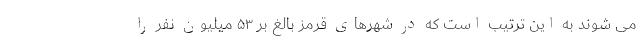
می شوند به این ترتیب است که در شهرهای قرمز بالغ بر ۵۳ میلیون نفر را